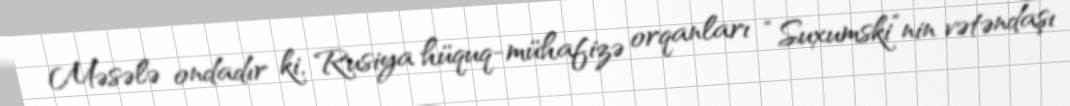
Məsələ ondadır ki, Rusiya hüquq-mühafizə orqanları “Suxumski”nin vətəndaşı